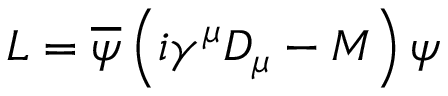
{ \cal L } = \overline { { { \psi } } } \left( i \gamma ^ { \mu } D _ { \mu } - M \right) \psi